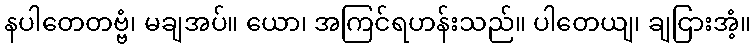
နပါတေတဗ္ဗံ၊ မချအပ်။ ယော၊ အကြင်ရဟန်းသည်။ ပါတေယျ၊ ချငြားအံ့။